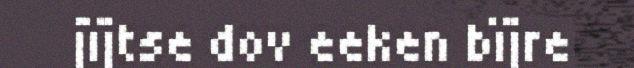
jïjtse dov eeken bïjre